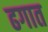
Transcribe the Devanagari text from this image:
ढगात